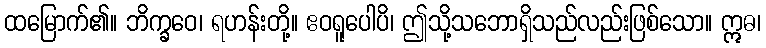
ထမြောက်၏။ ဘိက္ခဝေ၊ ရဟန်းတို့။ ဧဝရူပေါပိ၊ ဤသို့သဘောရှိသည်လည်းဖြစ်သော။ ဣဓ၊